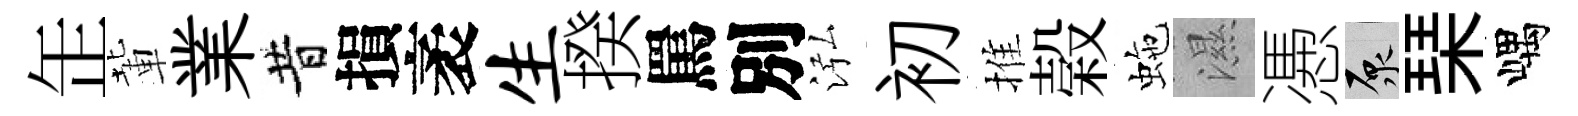
𦈢輩業昔損袤生揆罵別泓初推榖虵濕慿原琹嵎